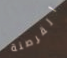
القرصنة